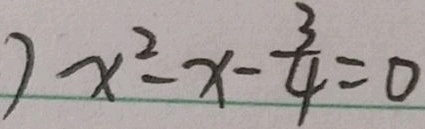
) x ^ { 2 } - x - \frac { 3 } { 4 } = 0